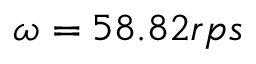
\omega = 5 8 . 8 2 r p s